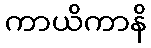
ကာယိကာနိ